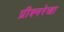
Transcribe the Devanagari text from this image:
ग्रीश्मरेखा